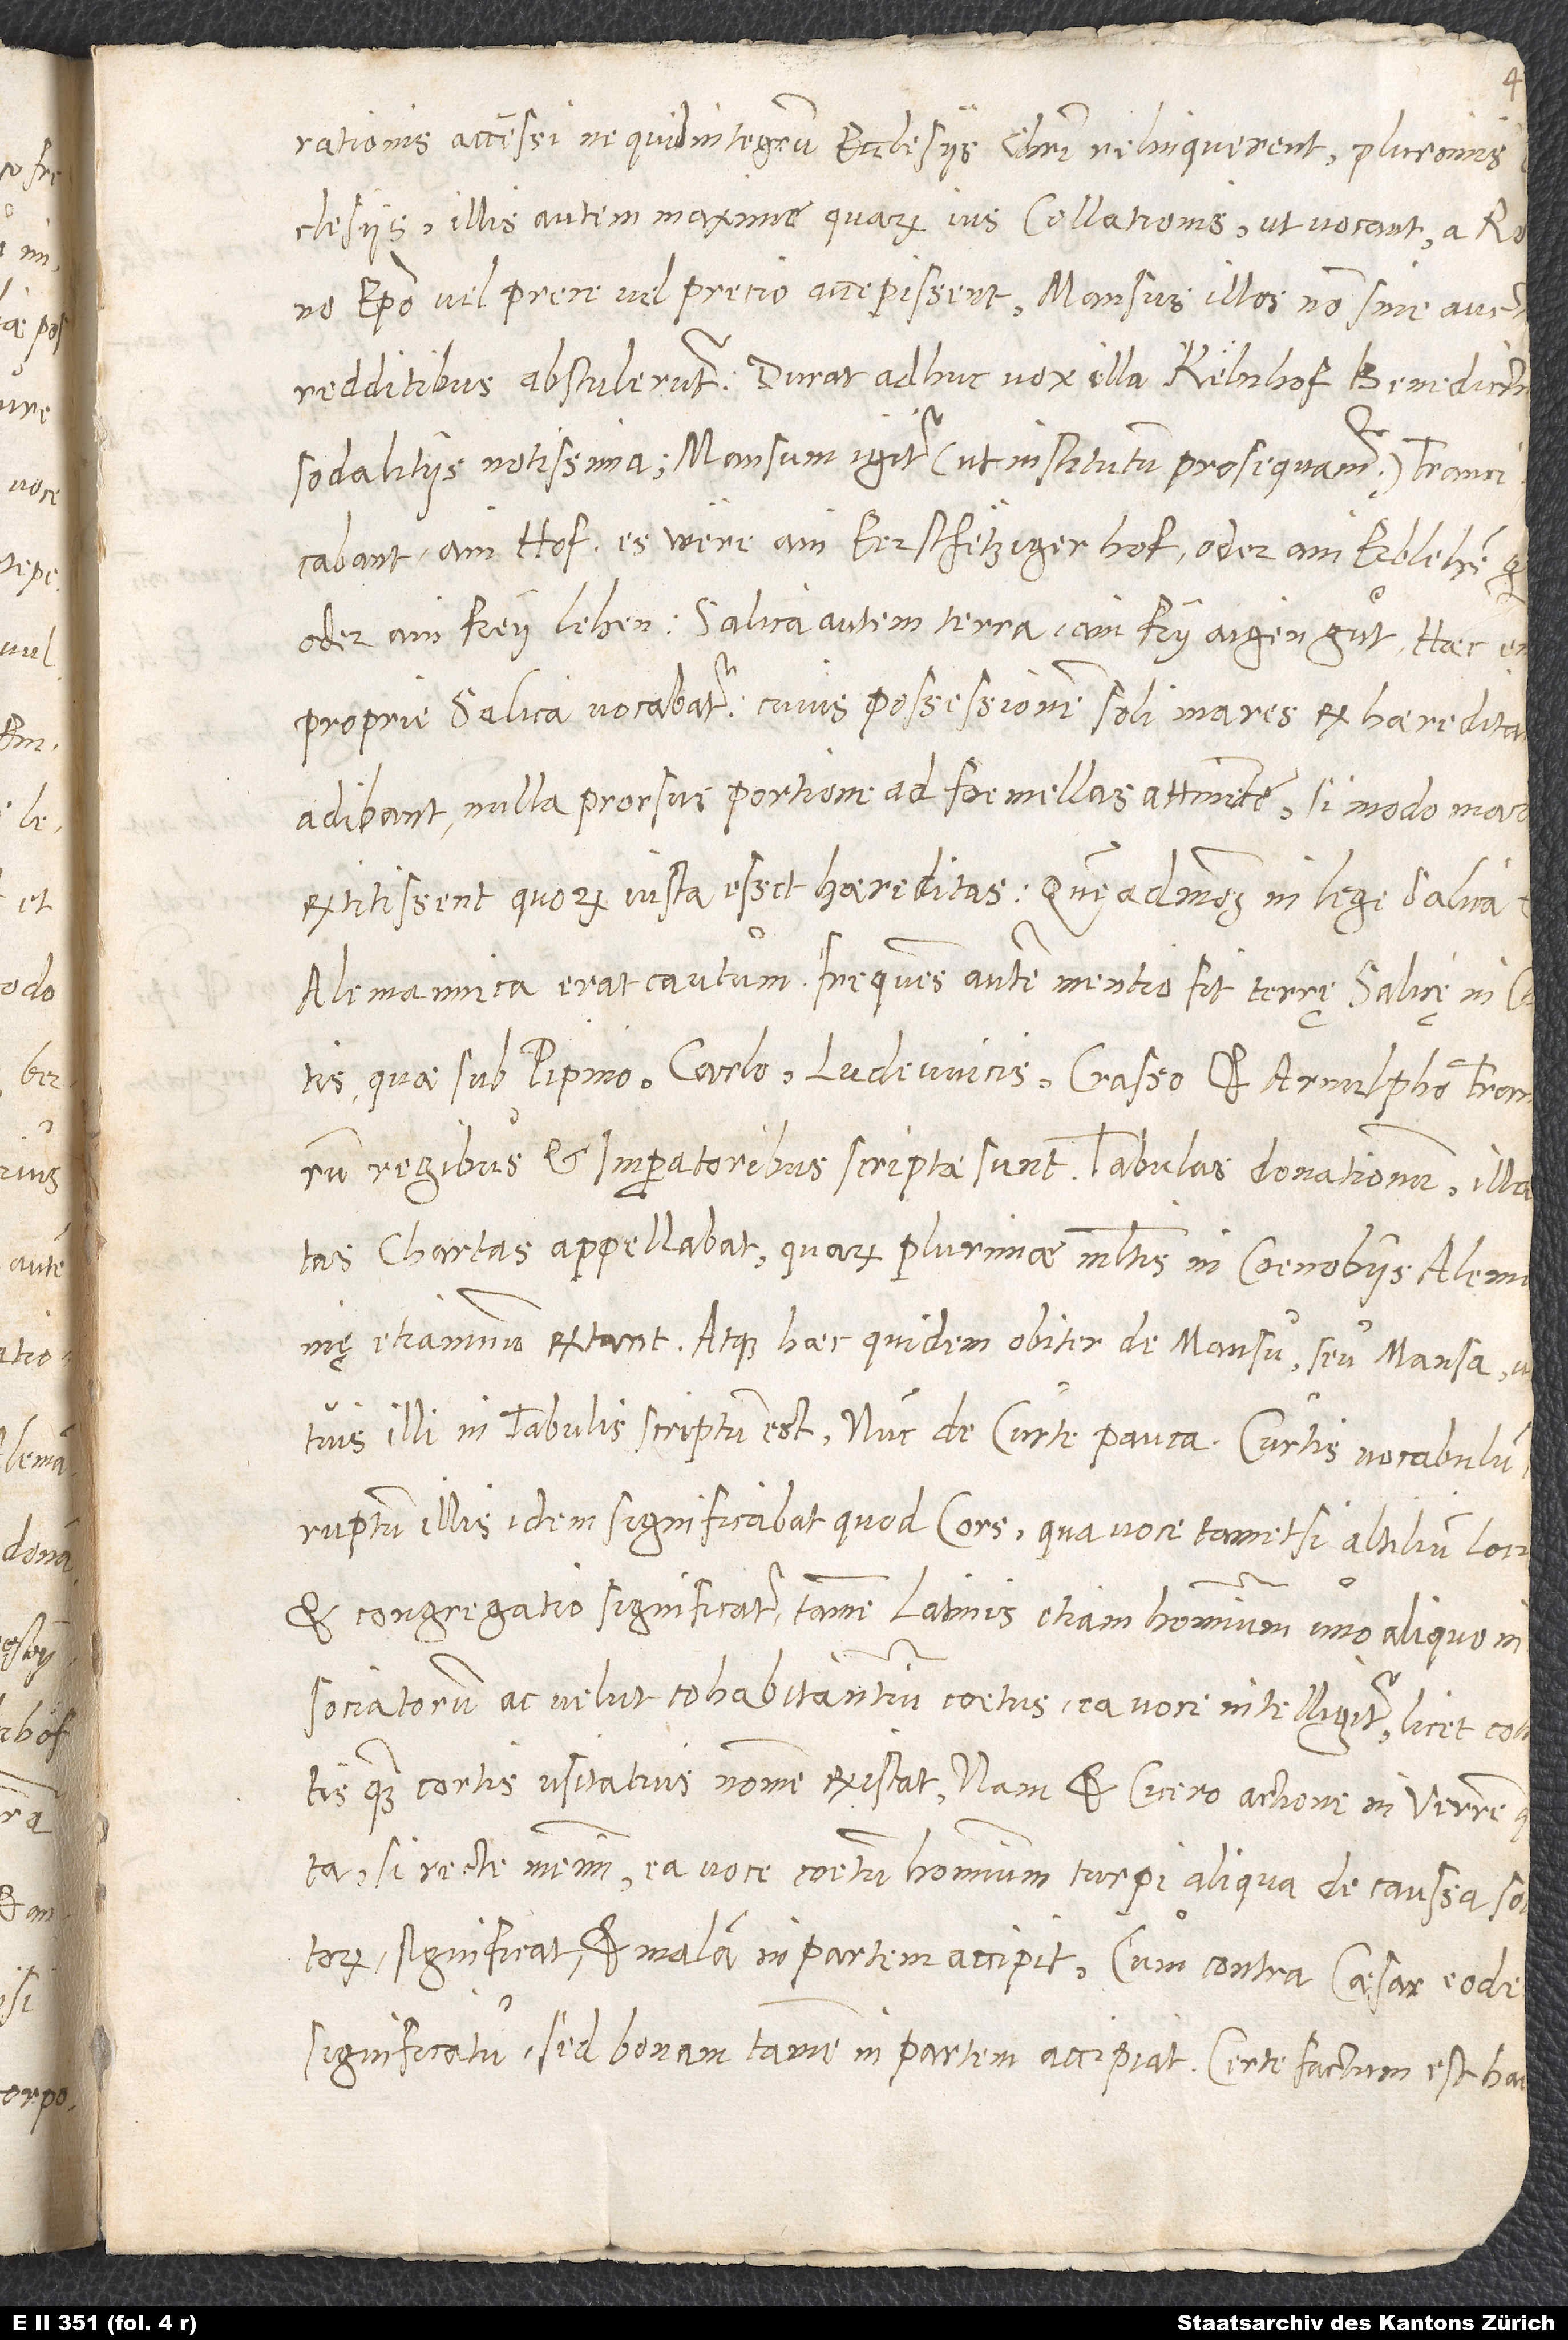
accensi, ne quid integrum ecclesiis Christi relinquerent, plurimis
ain hof, er were ain eerschetziger hof oder ain erblehen
oder ain freylehen, salica autem terra ain fry aigen guͦt. Haec enim
proprie salica vocabatur, cuius possessionem soli mares ex haereditate
adibant nulla prorsus portione ad foemellas attinente, si modo mares
extitissent, quorum iusta esset haereditas, quemadmodum in lege Salica
chartas appellabat, quarum plurimae multis in coenobiis Alemannię